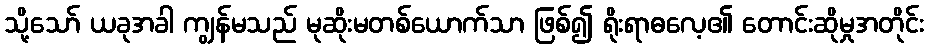
သို့သော် ယခုအခါ ကျွန်မသည် မုဆိုးမတစ်ယောက်သာ ဖြစ်၍ ရိုးရာဓလေ့၏ တောင်းဆိုမှုအတိုင်း